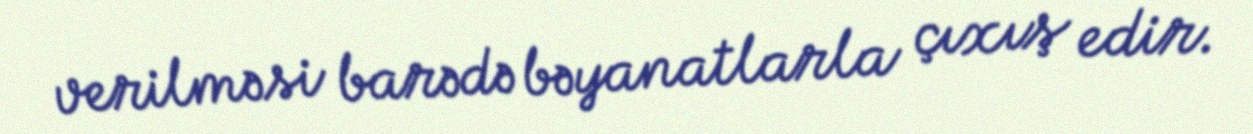
verilməsi barədə bəyanatlarla çıxış edir.